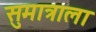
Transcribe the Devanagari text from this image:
सुमात्राला